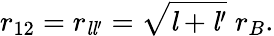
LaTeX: r_{12}=r_{{\mathit{l}}{\mathit{l}}^{\prime}}={\sqrt{{\mathit{l}}+{\mathit{l}}^{\prime}}}\; r_{B}.